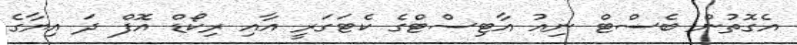
އެގޮތުން ބެސްޓް ނިއު އާޓިސްޓްގެ ކެޓަގަރީ އާއި ރިކޯޑް އޮފް ދަ އިޔާގެ